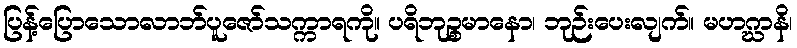
ပြန့်ပြောသောလာဘ်ပူဇော်သက္ကာရကို။ ပရိဘုဉ္စမာနော၊ ဘုဉ်းပေးလျက်။ မဟဂ္ဃာနိ၊